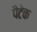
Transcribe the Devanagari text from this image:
पैटेक